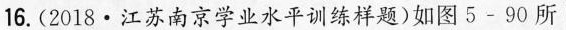
16.(2018·江苏南京学业水平训练样题)如图5-90所